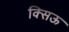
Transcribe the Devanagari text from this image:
क्सिऊ